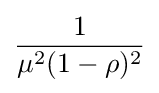
{\frac {1}{\mu ^{2}(1-\rho )^{2}}}